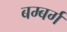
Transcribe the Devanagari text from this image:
बम्बर्ग